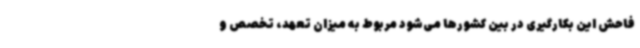
فاحش این بکارگیری در بین کشورها می‌شود مربوط به میزان تعهد، تخصص و